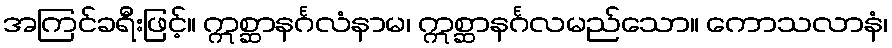
အကြင်ခရီးဖြင့်။ ဣစ္ဆာနင်္ဂလံနာမ၊ ဣစ္ဆာနင်္ဂလမည်သော။ ကောသလာနံ၊